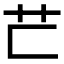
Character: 𦬀